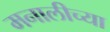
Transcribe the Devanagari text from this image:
मनालीच्या